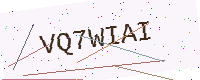
Text: VQ7WIAI